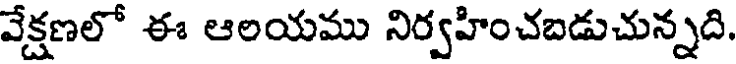
వేక్షణలో ఈ ఆలయము నిర్వహించబడుచున్నది.